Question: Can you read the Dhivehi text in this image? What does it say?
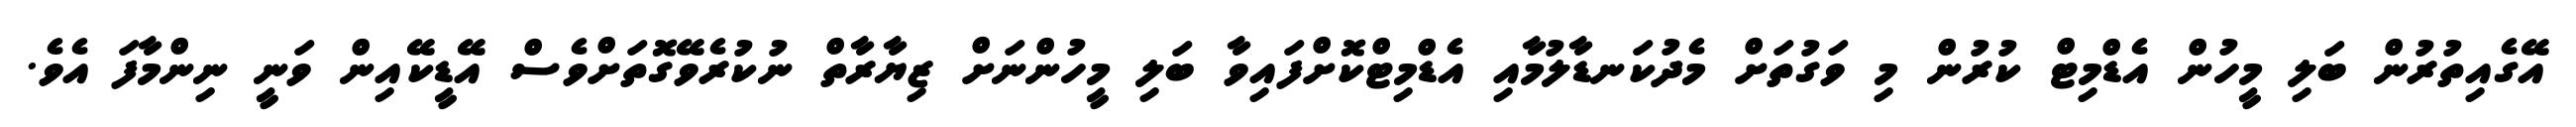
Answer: އޭގެއިތުރުން ބަލި މީހުން އެޑްމިޓް ކުރުން މި ވަގުތަށް މެދުކަނޑާލުމާއި އެޑްމިޓްކޮށްފައިވާ ބަލި މީހުންނަށް ޒިޔާރާތް ނުކުރެވޭގޮތަށްވެސް އޭޑީކޭއިން ވަނީ ނިންމާފަ އެވެ.